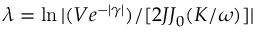
\lambda = \ln | ( V e ^ { - | \gamma | } ) / [ 2 J { \cal J } _ { 0 } ( K / \omega ) ] |